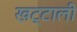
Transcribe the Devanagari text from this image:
खट्टाली